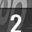
Digit: 2